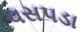
વસપડા